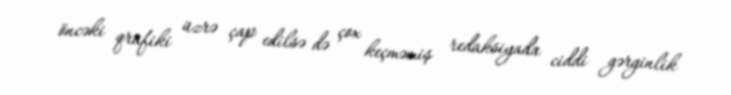
öncəki qrafiki üzrə çap edilsə də çox keçməmiş redaksiyada ciddi gərginlik